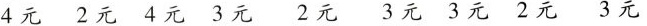
4元 2元 4元 3元 2元 3元 3元 2元 3元